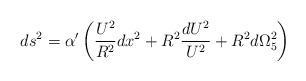
LaTeX: \begin{align*}ds^2={\alpha}'\left( {\frac{U^2}{R^2}}dx^2+R^2{\frac{dU^2}{U^2}}+R^2d{\Omega}_{5}^2\right)\end{align*}